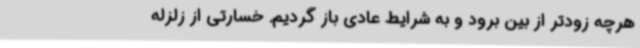
هرچه زودتر از بین برود و به شرایط عادی باز گردیم. خسارتی از زلزله